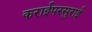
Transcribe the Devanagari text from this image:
कराईपरसुराई